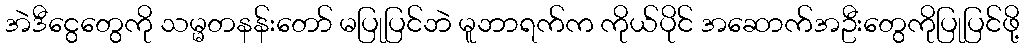
အဲဒီငွေတွေကို သမ္မတနန်းတော် မပြုပြင်ဘဲ မူဘာရက်က ကိုယ်ပိုင် အဆောက်အဦးတွေကိုပြုပြင်ဖို့